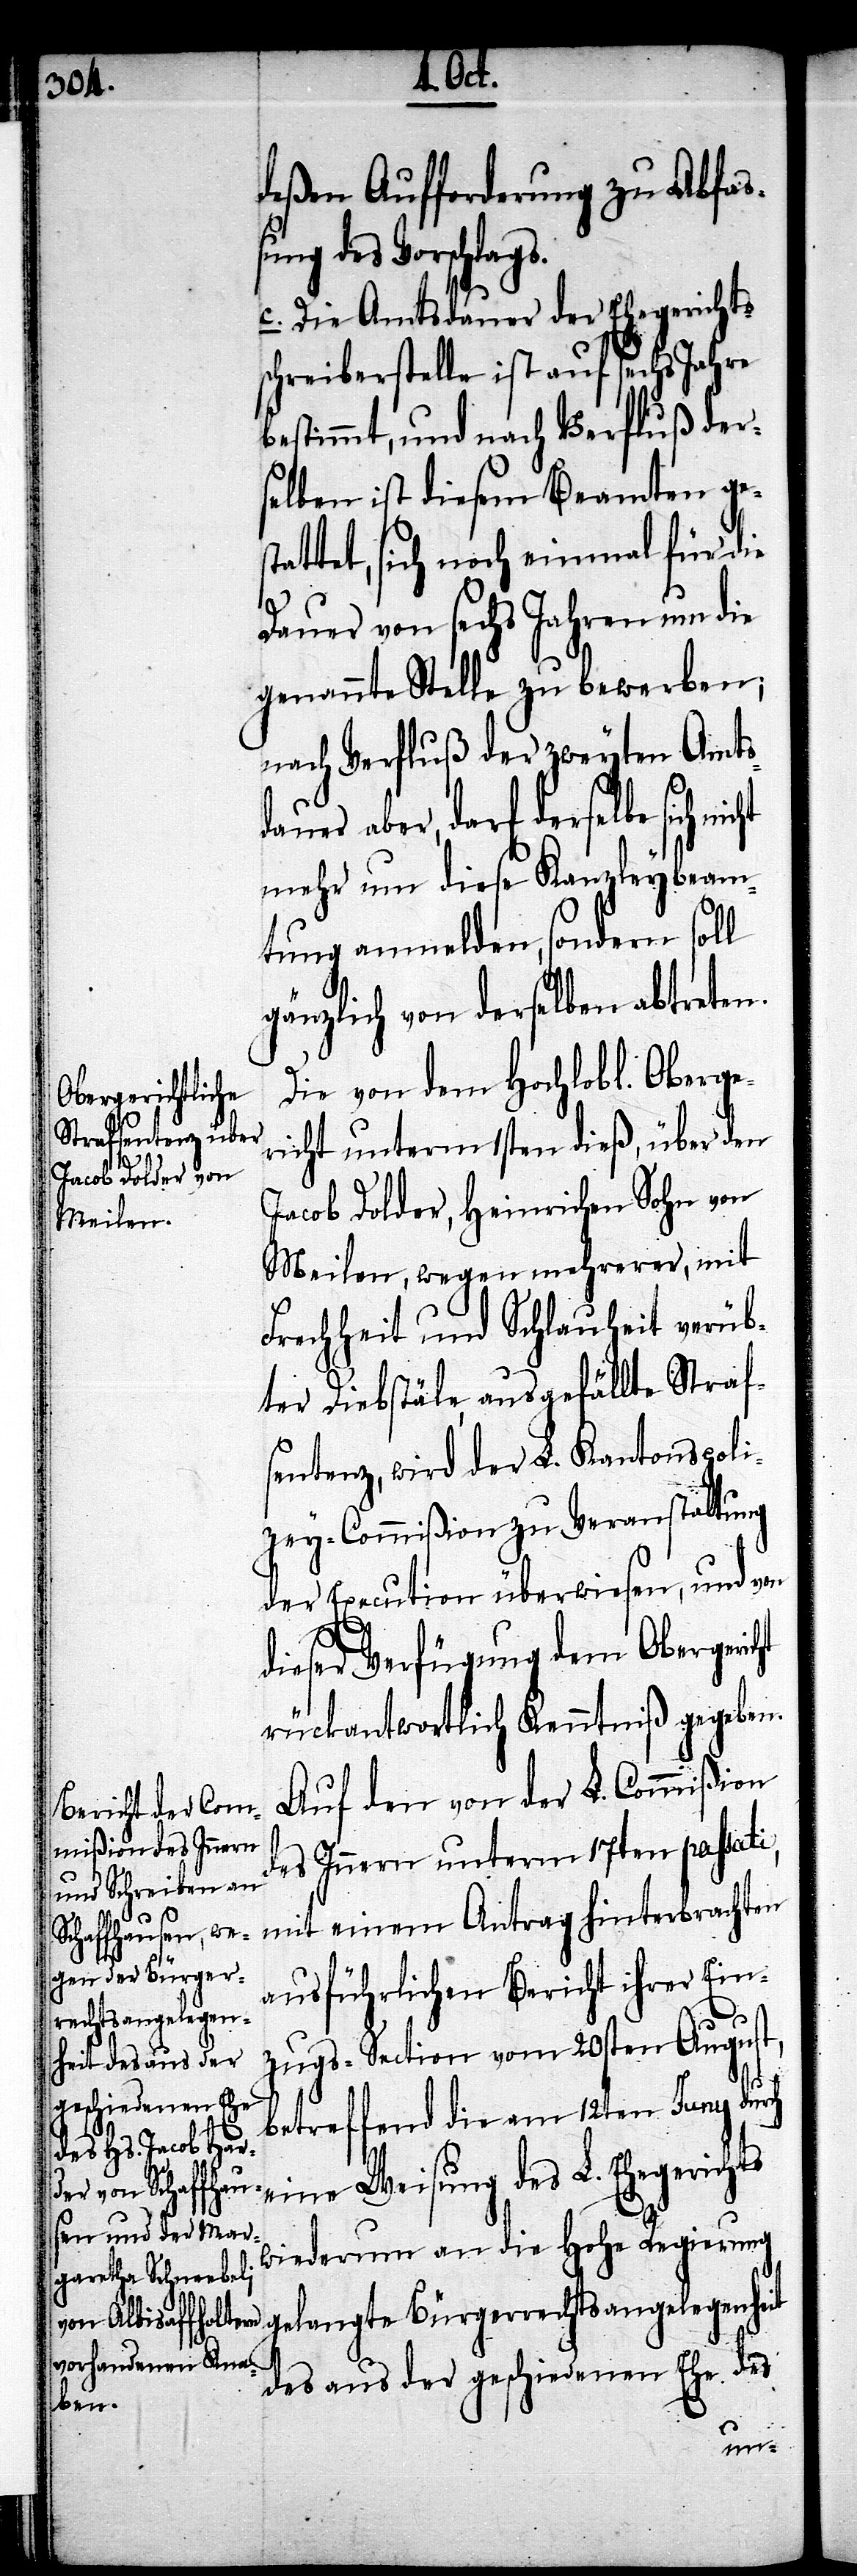
deßen Aufforderung zu Abfaß¬
ung des Vorschlag¬
c. Die Amtsdauer der Ehegerichts¬
chreiberstelle ist auf sechs Jahre
bestimmt, und nach Verfluß der¬
selben ist diesem Beamten ge¬
attet, sich noch einmal für die
Dauer von sechs Jahren um die
genannte Stelle zu bewerben;
nach Verfluß der zweyten Amtsd¬
auer aber, darf derselbe sich
mehr um diese Kanzleybeam¬
tung anmelden, sondern soll
gänzlich von derselben abtreten.
Die von dem Hochlobl. Oberge¬
richt unterm 1sten dieß, über den
Jacob Dolder, Heinrichen Sohn von
Meilen, wegen mehrerer, mit
Frechheit und Schlauheit verüb¬
ter Diebstäle, ausgefällte Straf¬
sentenz, wird der L. Kantonspoli¬
zey-Commißion zu Veranstaltung
der Execution überwiesen, und von
s.
dieser Verfügung dem Obergericht
rückantwortlich Kenntniß gegeben.
Auf den von der L. Commißion
des Innern unterm 17ten passati,
mit einem Antrag hinterbrachten
ausführlichen Bericht ihrer Ein¬
zugs-Section vom 20sten August,
betreffend die am 12ten Juny durch
eine Weisung des L. Ehegerichts
wiederum an die hohe Regierung
gelangte Bürgerrechtsangelegenheit
des aus der geschiedenen Ehe des
st¬